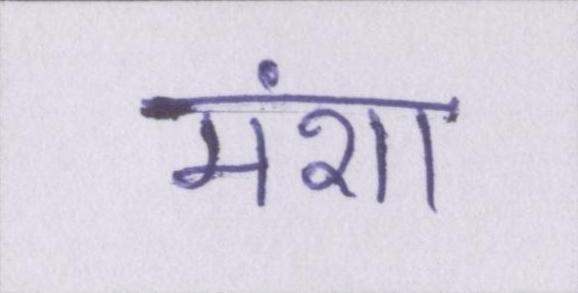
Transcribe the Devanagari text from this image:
मंशा